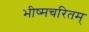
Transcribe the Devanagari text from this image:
भीष्मचरितम्